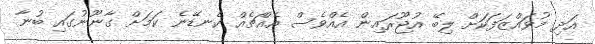
އަދި މުވައްޒަފަކަށް ލިބޭ އުޖޫރައިން އެއްވެސް އެއްޗެއް ކެނޑޭނެ ކަމަށް ގާނޫނުގައި ބުނާ